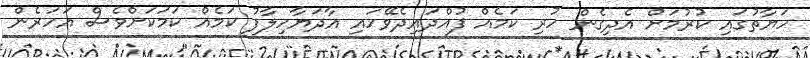
ހަޔާތުގައި ކުރުމަށް އެދިގެން ހުރި ކަމެއް ފުއްދައިދެވޭހައި އާދަޔާހިލާފު ކަމެއް ކަމަކަށްވެސް އަހަރެން